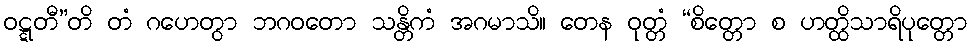
ဝဋ္ဋတီ”တိ တံ ဂဟေတွာ ဘဂဝတော သန္တိကံ အဂမာသိ။ တေန ဝုတ္တံ “စိတ္တော စ ဟတ္ထိသာရိပုတ္တော